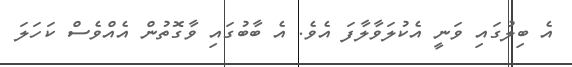
އެ ބިލުގައި ވަނީ އެކުލަވާލާފަ އެވެ. އެ ބާބުގައި ވާގޮތުން އެއްވެސް ކަހަލަ